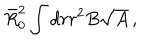
LaTeX: \bar { R } _ { 0 } ^ { 2 } \int d r r ^ { 2 } B \sqrt { A } \, ,